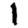
Digit: 1